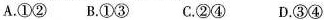
A.①② B.①③ C. ②④ D.③④